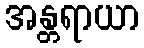
အန္တရာယာ